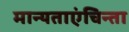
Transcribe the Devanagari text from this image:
मान्यताएंचिन्ता